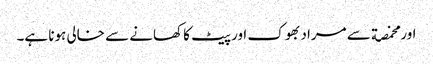
اور مخمصة سے مراد بھوک اور پیٹ کا کھانے سے خالی ہونا ہے۔